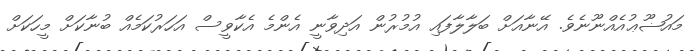
މައުޟޫޢުއެއްނޫނެވެ. އޭނާއަށް ބަލާލާފައި އުމުރުން އަދިވާނީ އެންމެ އެކާވީސް އަހަރުކަމެއް ބުނާކަށް މީހަކަށް